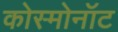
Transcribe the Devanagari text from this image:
कोस्मोनॉट